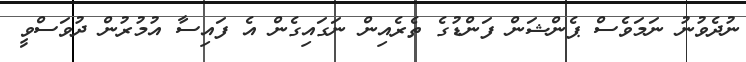
ނުދެވުނު ނަމަވެސް ޕެންޝަން ފަންޑުގެ ތެރެއިން ނަގައިގެން އެ ފައިސާ އުމުރުން ދުވަސްވީ